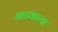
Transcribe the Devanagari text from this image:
भाट्याच्या